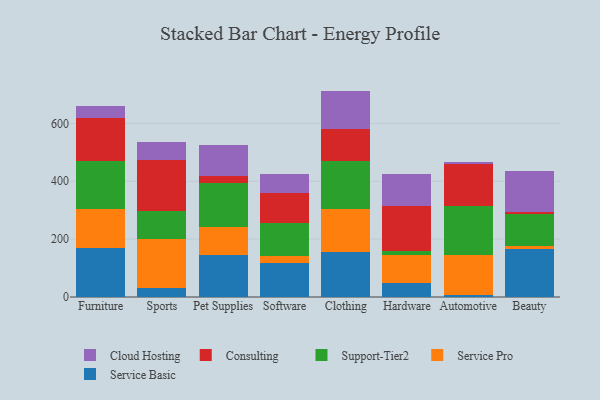
{"axis": {"x": "Category", "y": "Operating Costs (USD K)"}, "legend": ["Cloud Hosting", "Consulting", "Service Basic", "Service Pro", "Support-Tier2"], "data": [{"x": "Furniture", "y": 170.9, "type": "Service Basic"}, {"x": "Furniture", "y": 134.6, "type": "Service Pro"}, {"x": "Furniture", "y": 166.0, "type": "Support-Tier2"}, {"x": "Furniture", "y": 146.3, "type": "Consulting"}, {"x": "Furniture", "y": 43.5, "type": "Cloud Hosting"}, {"x": "Sports", "y": 30.2, "type": "Service Basic"}, {"x": "Sports", "y": 170.4, "type": "Service Pro"}, {"x": "Sports", "y": 96.6, "type": "Support-Tier2"}, {"x": "Sports", "y": 177.0, "type": "Consulting"}, {"x": "Sports", "y": 61.0, "type": "Cloud Hosting"}, {"x": "Pet Supplies", "y": 145.1, "type": "Service Basic"}, {"x": "Pet Supplies", "y": 95.4, "type": "Service Pro"}, {"x": "Pet Supplies", "y": 155.3, "type": "Support-Tier2"}, {"x": "Pet Supplies", "y": 22.6, "type": "Consulting"}, {"x": "Pet Supplies", "y": 106.6, "type": "Cloud Hosting"}, {"x": "Software", "y": 117.3, "type": "Service Basic"}, {"x": "Software", "y": 25.8, "type": "Service Pro"}, {"x": "Software", "y": 111.5, "type": "Support-Tier2"}, {"x": "Software", "y": 103.5, "type": "Consulting"}, {"x": "Software", "y": 68.6, "type": "Cloud Hosting"}, {"x": "Clothing", "y": 156.3, "type": "Service Basic"}, {"x": "Clothing", "y": 147.3, "type": "Service Pro"}, {"x": "Clothing", "y": 166.1, "type": "Support-Tier2"}, {"x": "Clothing", "y": 112.1, "type": "Consulting"}, {"x": "Clothing", "y": 130.8, "type": "Cloud Hosting"}, {"x": "Hardware", "y": 49.8, "type": "Service Basic"}, {"x": "Hardware", "y": 97.0, "type": "Service Pro"}, {"x": "Hardware", "y": 12.4, "type": "Support-Tier2"}, {"x": "Hardware", "y": 155.6, "type": "Consulting"}, {"x": "Hardware", "y": 112.0, "type": "Cloud Hosting"}, {"x": "Automotive", "y": 8.3, "type": "Service Basic"}, {"x": "Automotive", "y": 137.5, "type": "Service Pro"}, {"x": "Automotive", "y": 169.2, "type": "Support-Tier2"}, {"x": "Automotive", "y": 146.3, "type": "Consulting"}, {"x": "Automotive", "y": 6.0, "type": "Cloud Hosting"}, {"x": "Beauty", "y": 166.4, "type": "Service Basic"}, {"x": "Beauty", "y": 8.7, "type": "Service Pro"}, {"x": "Beauty", "y": 110.8, "type": "Support-Tier2"}, {"x": "Beauty", "y": 8.8, "type": "Consulting"}, {"x": "Beauty", "y": 142.3, "type": "Cloud Hosting"}]}